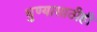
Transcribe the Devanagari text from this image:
धुण्यासाठीही